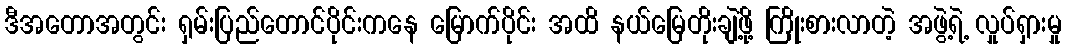
ဒီအတောအတွင်း ရှမ်းပြည်တောင်ပိုင်းကနေ မြောက်ပိုင်း အထိ နယ်မြေတိုးချဲ့ဖို့ ကြိုးစားလာတဲ့ အဖွဲ့ရဲ့ လှုပ်ရှားမှု